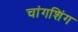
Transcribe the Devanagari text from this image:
चांगशिंग